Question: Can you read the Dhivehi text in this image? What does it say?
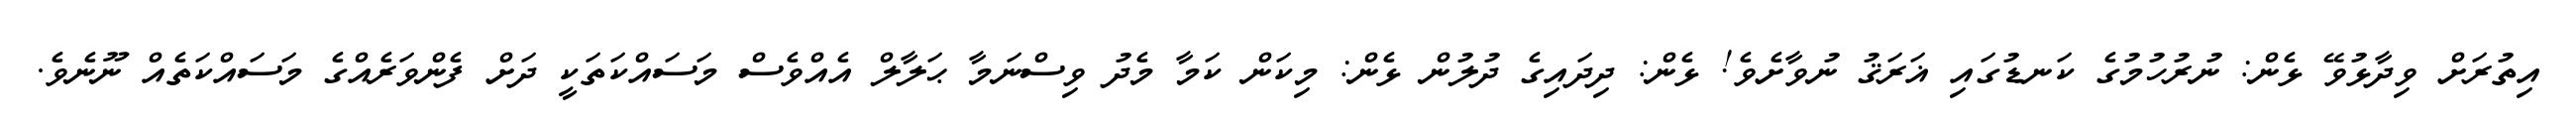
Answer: އިތުރަށް ވިދާޅުވޭ ޅެން: ނުރުހުމުގެ ކަނޑުގައި ޣަރަޤު ނުވާށެވެ! ޅެން: ދިދައިގެ ދުލުން ޅެން: މިކަން ކަމާ މެދު ވިސްނަމާ ޙަލާލް އެއްވެސް މަސައްކަތަކީ ދަށް ފެންވަރެއްގެ މަސައްކަތެއް ނޫނެވެ.